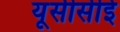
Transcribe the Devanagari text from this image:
यूसीसीई